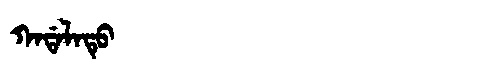
Manchu: ᡴᠠᡩᠠᠯᠠᡨᡠ
Romanization: KADALATU